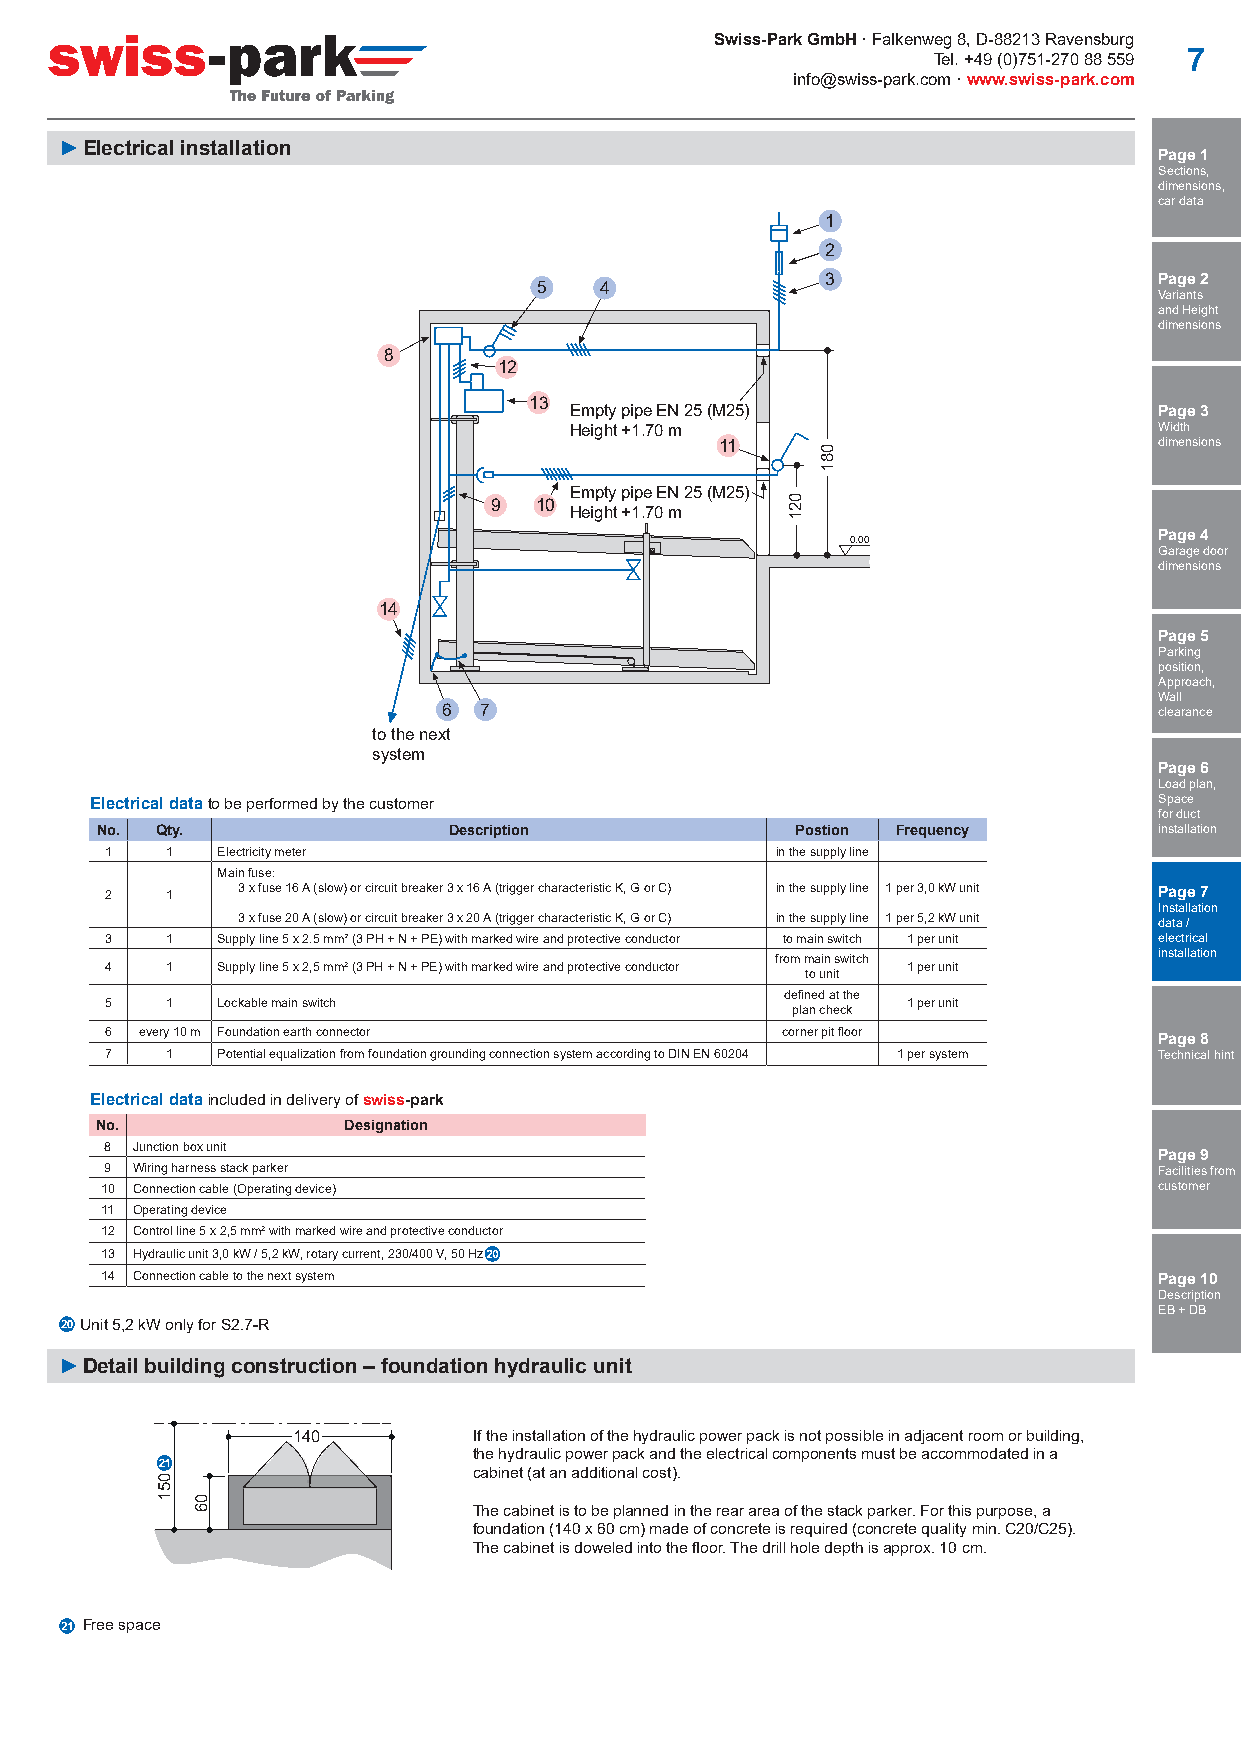
Swiss-Park GmbH · Falkenweg 8, D-88213 Ravensburg
 Tel. +49 (0)751-270 88 559 7
 info@swiss-park.com · www.swiss-park.com
 ► Electrical installation
 Page 1
 Sections,
 dimensions,
 car data
 1
 2
 3                     Page 2
 5   4
 Variants
 and Height
 dimensions
 8
 12
 13
 Empty pipe EN 25 (M25)                 Page 3
 Height +1.70 m                         Width
 11                           dimensions
 Empty pipe EN 25 (M25)
 9  10
 Height +1.70 m
 0.00                 Page 4
 Garage door
 dimensions
 14
 Page 5
 Parking
 position,
 Approach,
 Wall
 6  7                                            clearance
 to the next
 system
 Page 6
 Load plan,
 Electrical data to be performed by the customer                        Space
 for duct
 No. Qty.                Description            Postion Frequency       installation
 1   1  Electricity meter                    in the supply line
 Main fuse:
 2   1    3 x fuse 16 A (slow) or circuit breaker 3 x 16 A (trigger characteristic K, G or C) in the supply line 1 per 3,0 kW unit Page 7
 Installation
 3 x fuse 20 A (slow) or circuit breaker 3 x 20 A (trigger characteristic K, G or C) in the supply line 1 per 5,2 kW unit data /
 3   1  Supply line 5 x 2.5 mm² (3 PH + N + PE) with marked wire and protective conductor to main switch 1 per unit electrical
 installation
 from main switch
 4   1  Supply line 5 x 2,5 mm2 (3 PH + N + PE) with marked wire and protective conductor 1 per unit
 to unit
 defined at the
 5   1  Lockable main switch                          1 per unit
 plan check
 6 every 10 m Foundation earth connector      corner pit floor         Page 8
 7   1  Potential equalization from foundation grounding connection system according to DIN EN 60204 1 per system Technical hint
 Electrical data included in delivery of swiss-park
 No.              Designation
 8 Junction box unit
 Page 9
 9 Wiring harness stack parker                                         Facilities from
 10 Connection cable (Operating device)                                customer
 11 Operating device
 12 Control line 5 x 2,5 mm2 with marked wire and protective conductor
 13 Hydraulic unit 3,0 kW / 5,2 kW, rotary current, 230/400 V, 50 Hz
 14 Connection cable to the next system                                Page 10
 Description
 EB + DB
 Unit 5,2 kW only for S2.7-R
 ► Detail building construction – foundation hydraulic unit
 140         If the installation of the hydraulic power pack is not possible in adjacent room or building,
 the hydraulic power pack and the electrical components must be accommodated in a
 cabinet (at an additional cost).
 The cabinet is to be planned in the rear area of the stack parker. For this purpose, a
 foundation (140 x 60 cm) made of concrete is required (concrete quality min. C20/C25).
 The cabinet is doweled into the floor. The drill hole depth is approx. 10 cm.
 Free space
 051
 06
 021
 081